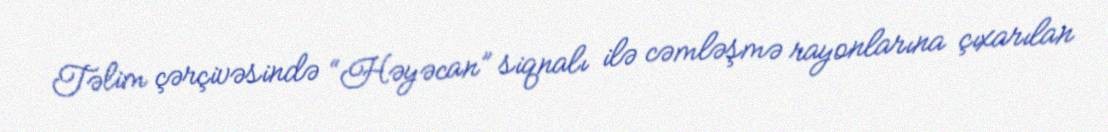
Təlim çərçivəsində “Həyəcan” siqnalı ilə cəmləşmə rayonlarına çıxarılan